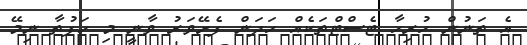
އެ ތަނުން ހުރިހާ ޓެސްޓްތަކެއް ހަދަން ފެށޭވަރު ވާނީ މި ހަފުތާ ނިމޭ